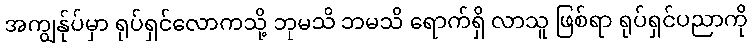
အကျွန်ုပ်မှာ ရုပ်ရှင်လောကသို့ ဘုမသိ ဘမသိ ရောက်ရှိ လာသူ ဖြစ်ရာ ရုပ်ရှင်ပညာကို